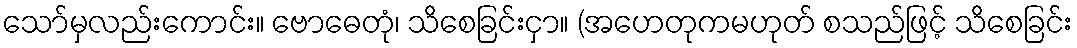
သော်မှလည်းကောင်း။ ဗောဓေတုံ၊ သိစေခြင်းငှာ။ (အဟေတုကမဟုတ် စသည်ဖြင့် သိစေခြင်း